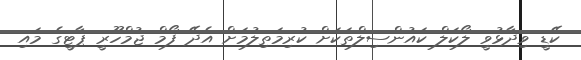
ކޭޑީ ވިދާޅުވީ ލޯކަލް ކައުންސިލްތަކަށް ކުރިމަތިލުމަށް އެދޭ ފޯމް ޖުމްހޫރީ ޕާޓީގެ މައި